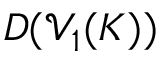
D ( \mathcal { V } _ { 1 } ( K ) )